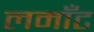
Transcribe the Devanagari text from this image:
लमाँट